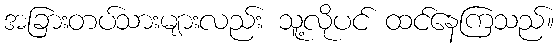
အခြားတပ်သားများလည်း သူ့လိုပင် ထင်နေကြသည်။